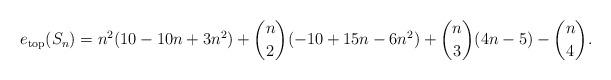
LaTeX: \begin{align*} e_{\mathrm{top}}(S_n) =n^2(10-10n+3n^2)+\binom{n}{2}(-10+15n-6n^2)+\binom{n}{3}(4n-5)-\binom{n}{4}.\end{align*}